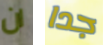
ان جدا